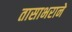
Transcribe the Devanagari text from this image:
तासाभराने